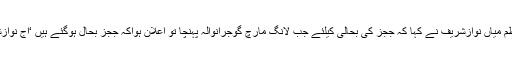
بعدازاں گوجرانوالہ میں کارکنوں سے خطاب کرتے ہوئے سابق وزیراعظم میاں نوازشریف نے کہا کہ ججز کی بحالی کیلئے جب لانگ مارچ گوجرانوالہ پہنچا تو اعلان ہواکہ ججز بحال ہوگئے ہیں ‘آج نوازشریف آپ کے سامنے ہے ‘نوازشریف کو آپ نے منتخب کیا تھا یا نہیں؟